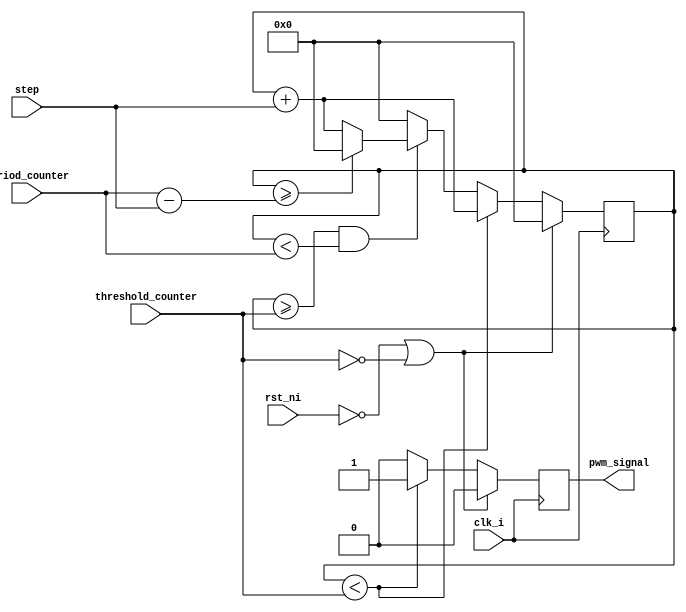
`timescale 1ns / 1ps
//////////////////////////////////////////////////////////////////////////////////
// Company: 
// Engineer: 
// 
// Design Name: 
// Module Name: standard_mode
// Project Name: 
// Target Devices: 
// Tool Versions: 
// Description: 
// 
// Dependencies: 
// 
// Revision:
// Revision 0.01 - File Created
// Additional Comments:
// 
//////////////////////////////////////////////////////////////////////////////////


module pwm_standard_mode #(
  parameter Resolution = 16
) (
  input                        clk_i,
  input                        rst_ni,
  input       [Resolution-1:0] threshold_counter,
  input       [Resolution-1:0] period_counter,
  input       [Resolution-1:0] step,
  output                       pwm_signal
);

  reg                    output_reg;
  reg   [Resolution-1:0] counter;
  
  assign pwm_signal = output_reg;
  
  always @(posedge clk_i) begin
    if (rst_ni == 0  | threshold_counter == 0) begin
      counter      <= 0;
      output_reg   <= 0;
    end else begin
      if (counter < threshold_counter) begin
        output_reg <= 1;
        counter    <= counter + step;
      end else if (counter >= threshold_counter && counter < period_counter) begin
        output_reg <= 0;
        if (counter >= period_counter - step) begin
            counter <= 0;
        end else begin
            counter <= counter + step;
        end
      end else begin
        output_reg <= 0;
        counter    <= 0;
      end
    end
        
        
  end
    
  
endmodule